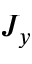
J _ { y }